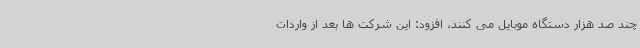
چند صد هزار دستگاه موبایل می کنند، افزود: این شرکت ها بعد از واردات